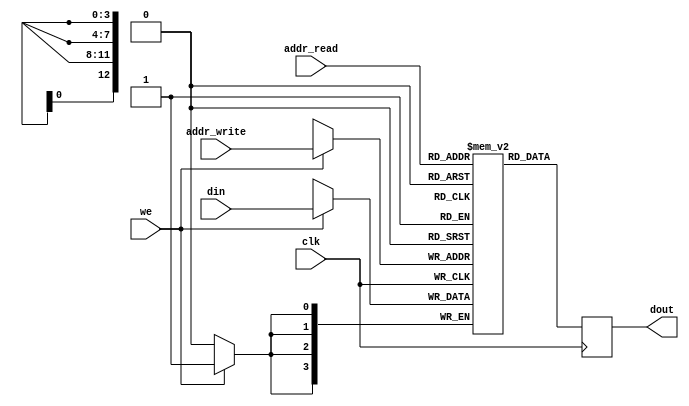
`timescale 1ns / 1ps
//////////////////////////////////////////////////////////////////////////////////
// Company:       Universidad Pontificia Bolivariana
// 
// Design Name: 
// Module Name:    mem_video 
// Project Name: 
// Target Devices: 
// Tool versions: 
// Description: 
//
// Dependencies: 
//
// Revision: 
// Revision 0.01 - File Created
// Additional Comments: 
//
//////////////////////////////////////////////////////////////////////////////////
module mem_video(
    input clk,
	 input we,
    input [12:0] addr_write,
    input [12:0] addr_read,
    input [3:0] din,
    output reg [3:0] dout
    );

	(* RAM_STYLE="BLOCK" *)
	 reg [3:0] ram_video [8191:0];
	
	  
   always @(posedge clk) 
		begin
			if (we)
				ram_video[addr_write] <= din;
			dout <= ram_video[addr_read];
		end
		
endmodule